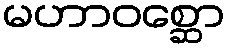
မဟာဝစ္ဆော